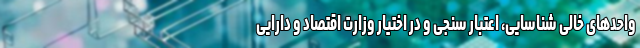
واحدهای خالی شناسایی، ‌اعتبار سنجی و در اختیار وزارت اقتصاد و دارایی